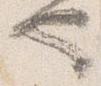
也